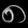
Digit: ၈